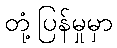
တုံ့ပြန်မှုမှာ